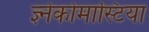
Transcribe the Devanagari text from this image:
ज्ञ्नेकोमास्टिया